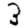
Digit: 3